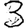
Digit: 3